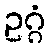
ဥဂ္ဂံ